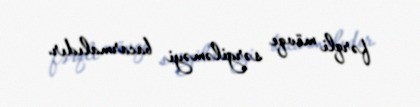
fərqli mövqe sərgiləməyi bacarmalıdır.